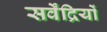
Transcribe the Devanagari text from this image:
सर्वेंद्रियों